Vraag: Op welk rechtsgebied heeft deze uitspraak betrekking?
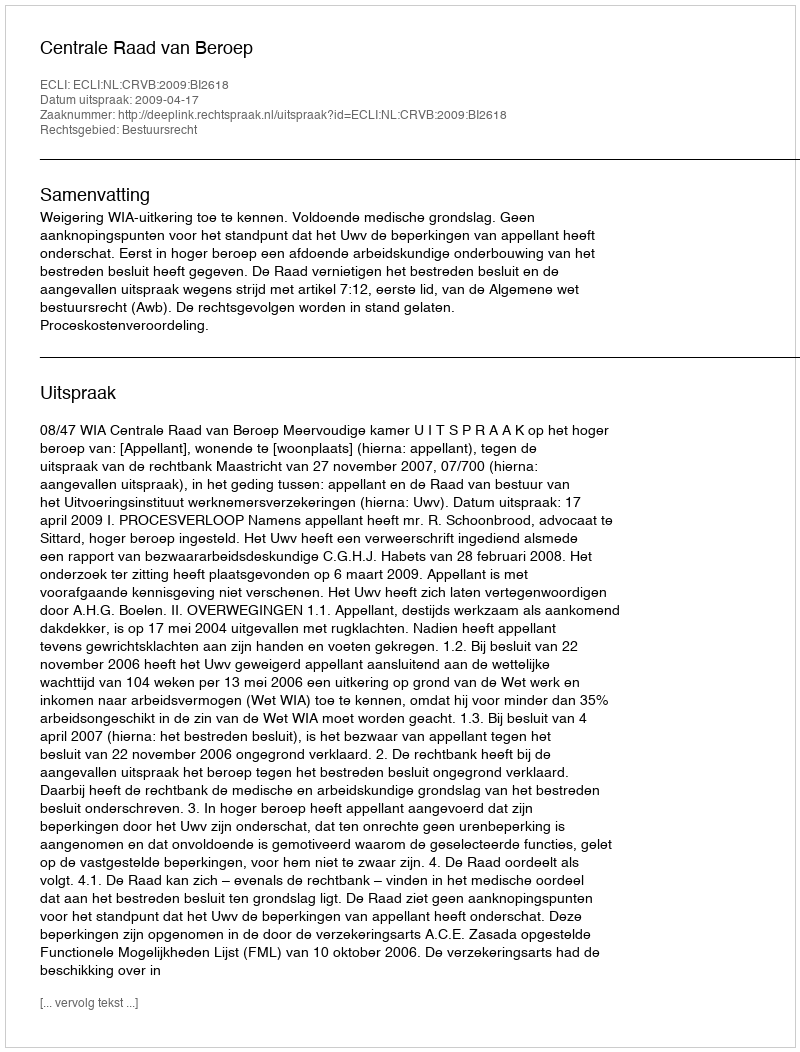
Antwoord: Bestuursrecht